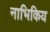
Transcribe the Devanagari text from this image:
नाभिकिय